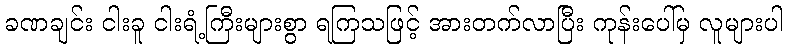
ခဏချင်း ငါးခူ ငါးရံ့ကြီးများစွာ ရကြသဖြင့် အားတက်လာပြီး ကုန်းပေါ်မှ လူများပါ